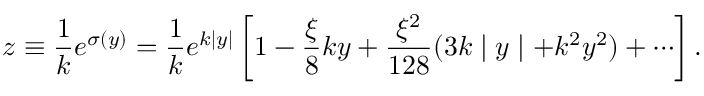
z \equiv \frac { 1 } { k } e ^ { \sigma ( y ) } = \frac { 1 } { k } e ^ { k \mid y \mid } \left[ 1 - \frac { \xi } { 8 } k y + \frac { \xi ^ { 2 } } { 1 2 8 } ( 3 k \mid y \mid + k ^ { 2 } y ^ { 2 } ) + \cdots \right] .